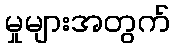
မှုများအတွက်